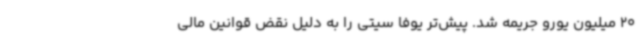
20 میلیون یورو جریمه شد. پیش‌تر یوفا سیتی را به دلیل نقض قوانین مالی